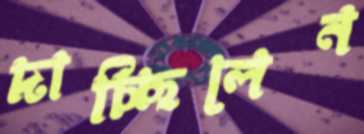
দাচ্ছিলেন